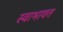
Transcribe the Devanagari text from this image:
स्वाभावत